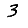
Digit: 3